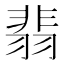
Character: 翡